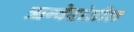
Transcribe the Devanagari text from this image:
ऋग्वेदांतील